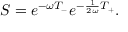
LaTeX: S = e ^ { - \omega T _ { - } } e ^ { - \frac { 1 } { 2 \omega } T _ { + } } .